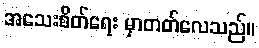
အသေးစိတ်ရေး မှာတတ်လေသည်။